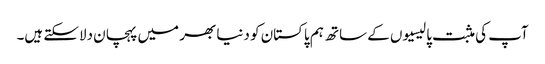
آپ کی مثبت پالیسیوں کے ساتھ ہم پاکستان کو دنیا بھر میں پہچان دلاسکتے ہیں۔